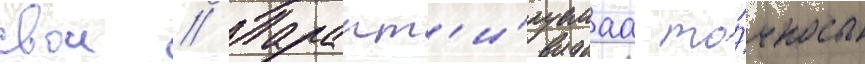
свои // Гарант'и́руемаа то́чность